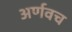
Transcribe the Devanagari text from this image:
अर्णवच